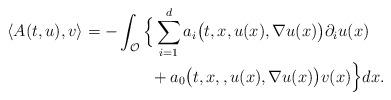
LaTeX: \begin{align*}\langle A(t,u), v \rangle = - & \int_{\mathcal{O}} \Big\{ \sum_{i=1}^{d} a_i\big(t,x,u(x),\nabla u(x)\big) \partial_i u(x) \\& ~~~~~~ + a_0\big(t,x,,u(x),\nabla u(x)\big) v(x) \Big\} dx .\end{align*}